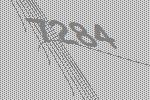
7284